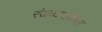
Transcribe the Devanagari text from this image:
रंजकनकिका